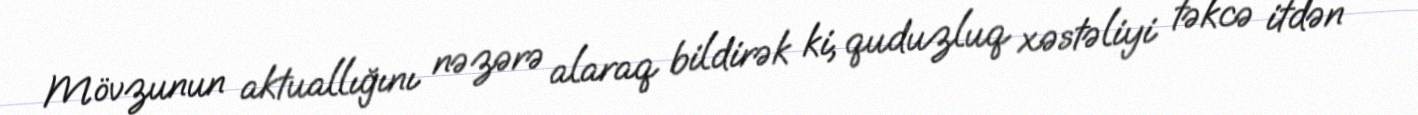
Mövzunun aktuallığını nəzərə alaraq bildirək ki, quduzluq xəstəliyi təkcə itdən